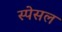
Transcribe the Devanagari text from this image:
स्पेसल